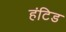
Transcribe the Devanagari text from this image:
हंटिड